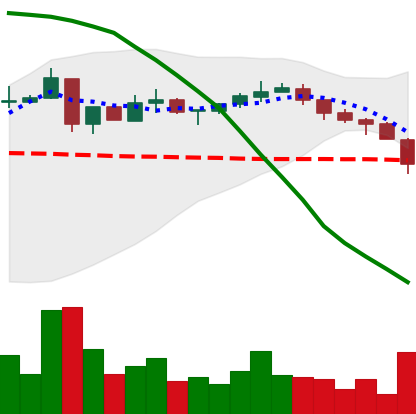
Ticker: XRP-USD
Chart end date: 2018-05-11
Forward return: 4.253%
Label: up_3_5